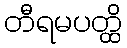
တီရမပတ္ထိ